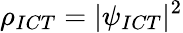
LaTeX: \rho_{ICT}=|\psi_{ICT}|^{2}